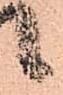
候